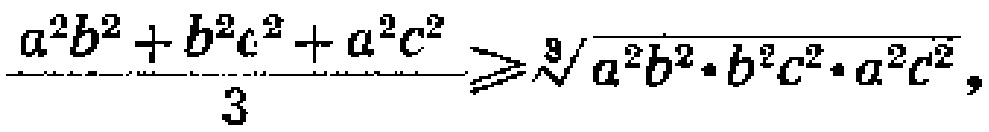
\frac{a^{2}b^{2}+b^{2}c^{2}+a^{2}c^{2}}{3}\geqslant\sqrt[3]{a^{2}b^{2}\cdot b^{2}c^{2}\cdot a^{2}c^{2}},